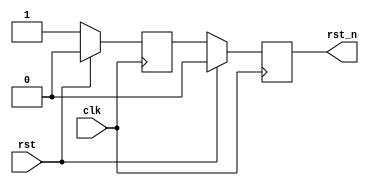
// This program was cloned from: https://github.com/jotego/jt12
// License: GNU General Public License v3.0

/* This file is part of JT12.


    JT12 program is free software: you can redistribute it and/or modify
    it under the terms of the GNU General Public License as published by
    the Free Software Foundation, either version 3 of the License, or
    (at your option) any later version.

    JT12 program is distributed in the hope that it will be useful,
    but WITHOUT ANY WARRANTY; without even the implied warranty of
    MERCHANTABILITY or FITNESS FOR A PARTICULAR PURPOSE.  See the
    GNU General Public License for more details.

    You should have received a copy of the GNU General Public License
    along with JT12.  If not, see <http://www.gnu.org/licenses/>.

    Author: Jose Tejada Gomez. Twitter: @topapate
    Version: 1.0
    Date: 21-03-2019
*/

module jt12_rst(
    input   rst,
    input   clk,
    output  reg rst_n
);

reg r;

always @(negedge clk)
    if( rst ) begin
        r     <= 1'b0;
        rst_n <= 1'b0;
    end else begin
        { rst_n, r } <= { r, 1'b1 };
    end

endmodule // jt12_rst